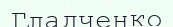
Гладченко